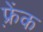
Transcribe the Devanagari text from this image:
फ़्रेंक